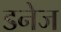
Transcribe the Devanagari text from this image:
डनेज